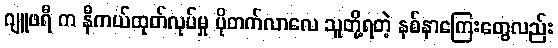
ဂျူဖရီ က နီကယ်ထုတ်လုပ်မှု ပိုတက်လာလေ သူတို့ရတဲ့ နစ်နာကြေးတွေလည်း